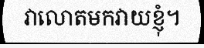
វាលោតមកវាយខ្ញុំ។